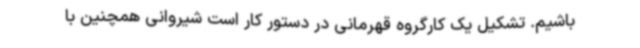
باشیم. تشکیل یک کارگروه قهرمانی در دستور کار است شیروانی همچنین با